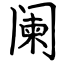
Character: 阑